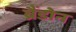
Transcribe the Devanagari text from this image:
ब्रैंडोन